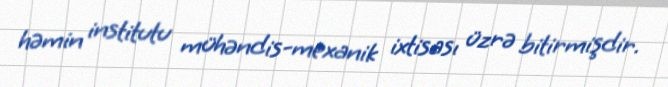
həmin institutu mühəndis-mexanik ixtisası üzrə bitirmişdir.